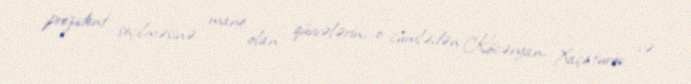
prezident seçilməsinə mane olan qüvvələrin, o cümlədən Köcəryan, Xaçaturov və